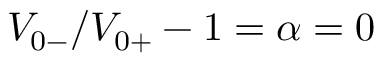
V _ { 0 - } / V _ { 0 + } - 1 = \alpha = 0